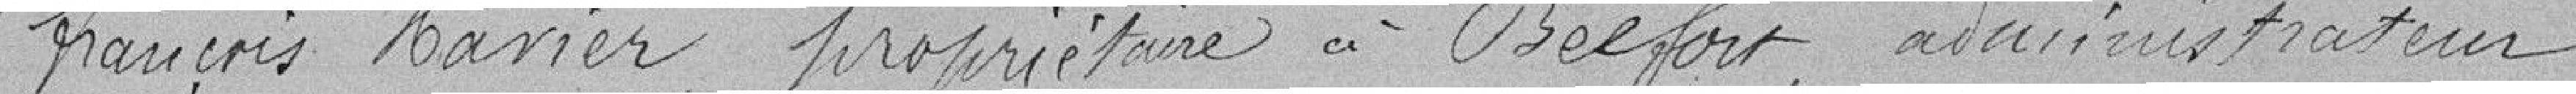
François Xavier, propriétaire à Belfort, administrateur